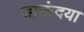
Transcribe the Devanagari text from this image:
जाऊंदया